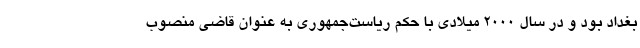
بغداد بود و در سال ۲۰۰۰ میلادی با حکم ریاست‌جمهوری به عنوان قاضی منصوب